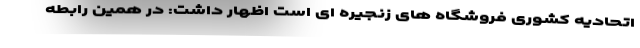
اتحادیه کشوری فروشگاه های زنجیره ای است اظهار داشت: در همین رابطه